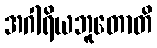
အဂါရိယဘူတောတိ